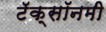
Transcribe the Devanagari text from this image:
टॅक्सॉनमी